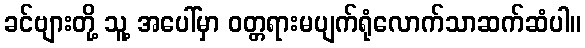
ခင်ဗျားတို့ သူ့ အပေါ်မှာ ဝတ္တရားမပျက်ရုံလောက်သာဆက်ဆံပါ။